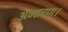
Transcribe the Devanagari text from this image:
अन्तरण।